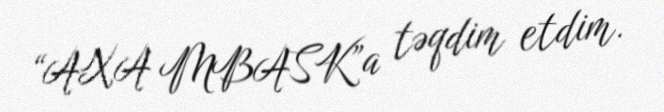
“AXA MBASK”a təqdim etdim.